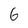
Character: 6